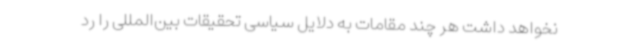
نخواهد داشت هر چند مقامات به دلایل سیاسی تحقیقات بین‌المللی را رد